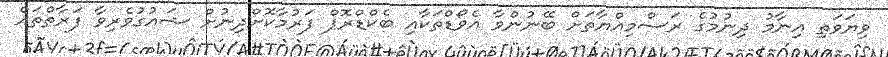
ވިޔަވަތި އިނާމު ދިނުމުގެ ރަސްމިއްޔާތަށް ބޭނުންވާ އެވޯޑްތަކާއި ބެކްޑްރޮޕް ފަރުމާކޮށްދިނުށް ޝައުގުވެރިވާ ފަރާތްތައް